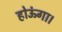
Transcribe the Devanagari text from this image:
होऊंगा।